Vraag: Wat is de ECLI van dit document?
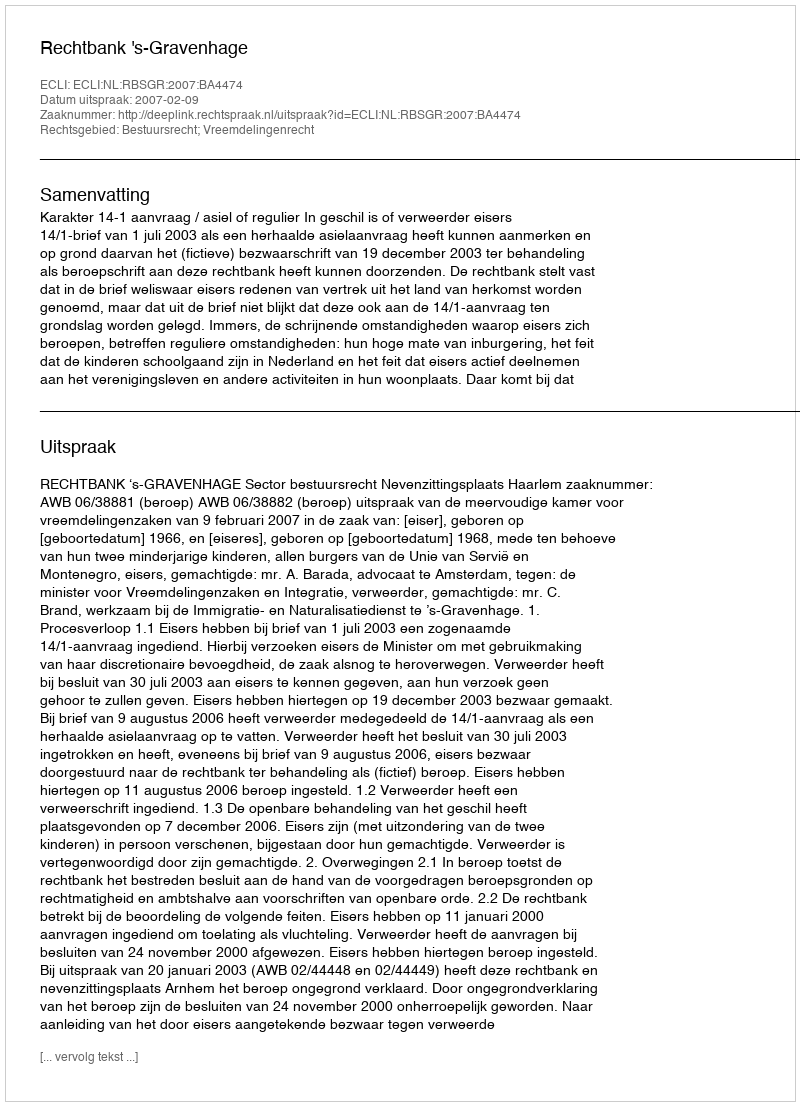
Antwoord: ECLI:NL:RBSGR:2007:BA4474